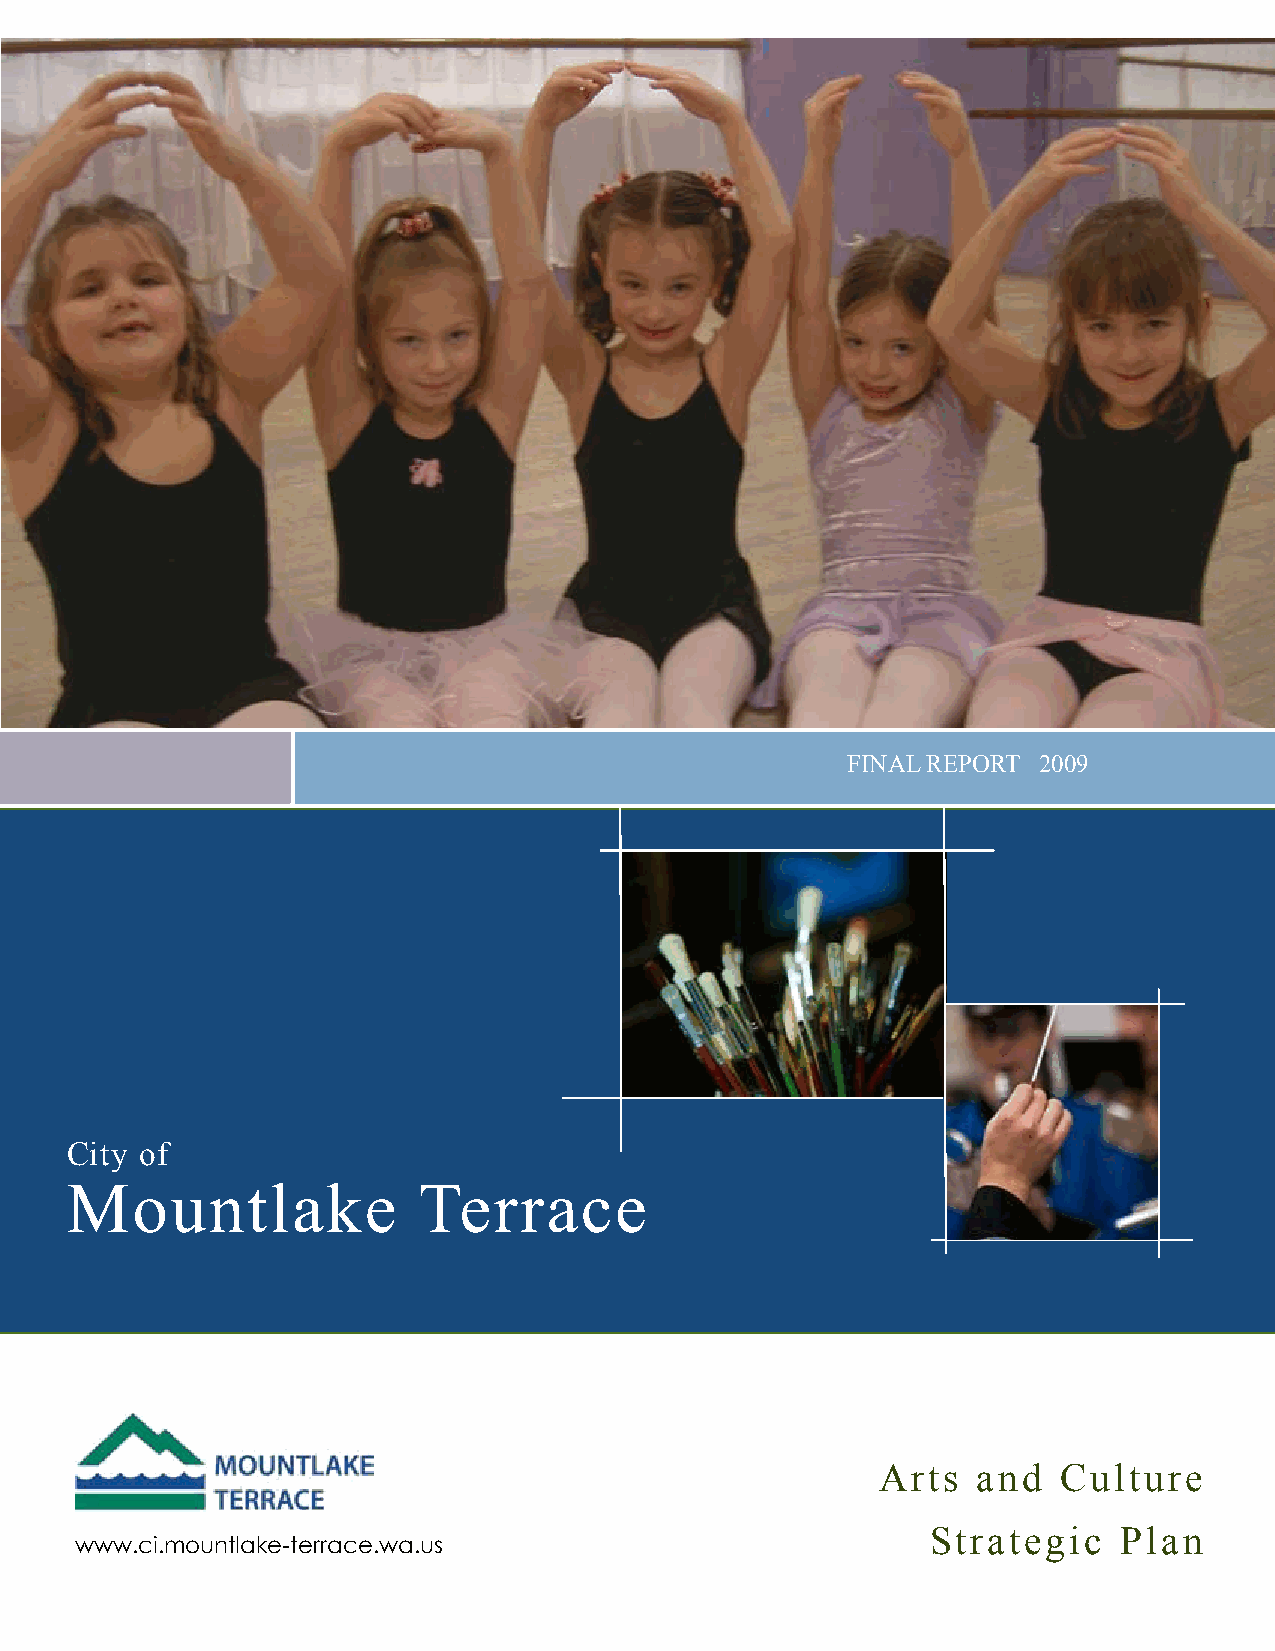
FINAL REPORT 2009
 City of
 Mountlake               Terrace
 Arts   and  Culture
 Strategic   Plan
 www.ci.mountlake-terrace.wa.us